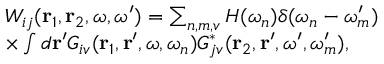
\begin{array} { r l } & { W _ { i j } ( { \bf r } _ { 1 } , { \bf r } _ { 2 } , \omega , \omega ^ { \prime } ) = \sum _ { n , m , v } H ( \omega _ { n } ) \delta ( \omega _ { n } - \omega _ { m } ^ { \prime } ) } \\ & { \times \int d { \bf r } ^ { \prime } G _ { i v } ( { \bf r } _ { 1 } , { \bf r } ^ { \prime } , \omega , \omega _ { n } ) G _ { j v } ^ { * } ( { \bf r } _ { 2 } , { \bf r } ^ { \prime } , \omega ^ { \prime } , \omega _ { m } ^ { \prime } ) , } \end{array}